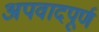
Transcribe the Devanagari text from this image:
अपवादपूर्ण